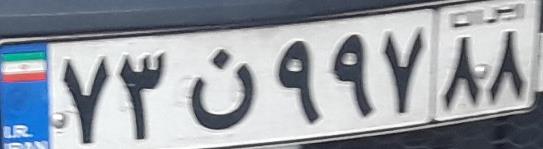
۷۳ن۹۹۷۸۸